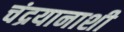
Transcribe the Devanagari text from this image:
चंद्रयानाशी